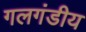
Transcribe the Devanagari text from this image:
गलगंडीय